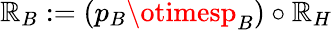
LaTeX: {\cal\mathbb{R}}_{B}:=(p_{B}\otimesp_{B})\circ{\cal\mathbb{R}}_{H}